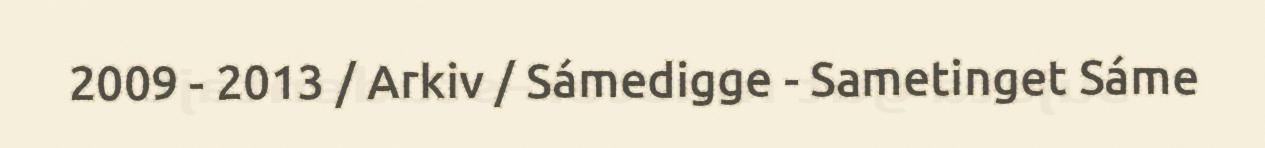
2009 - 2013 / Arkiv / Sámedigge - Sametinget Sáme